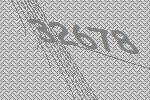
32678